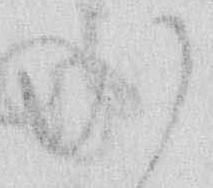
い